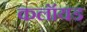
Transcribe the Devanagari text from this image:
कलॉयड